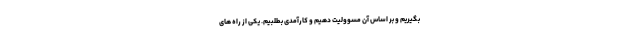
بگیریم و بر اساس آن مسوولیت دهیم و کارآمدی بطلبیم. یکی از راه های